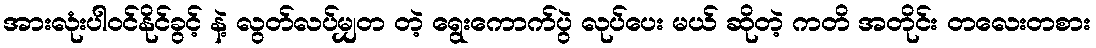
အားလုံးပါဝင်နိုင်ခွင့် နဲ့ လွတ်လပ်မျှတ တဲ့ ရွေးကောက်ပွဲ လုပ်ပေး မယ် ဆိုတဲ့ ကတိ အတိုင်း တလေးတစား